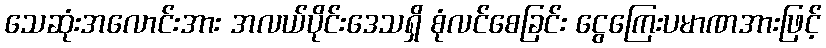
သေဆုံးအလောင်းအား အလယ်ပိုင်းဒေသရှိ စုံလင်စေခြင်း ငွေကြေးပမာဏအားဖြင့်